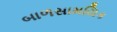
બાળસામયિક